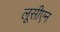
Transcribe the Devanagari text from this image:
लूसीएन